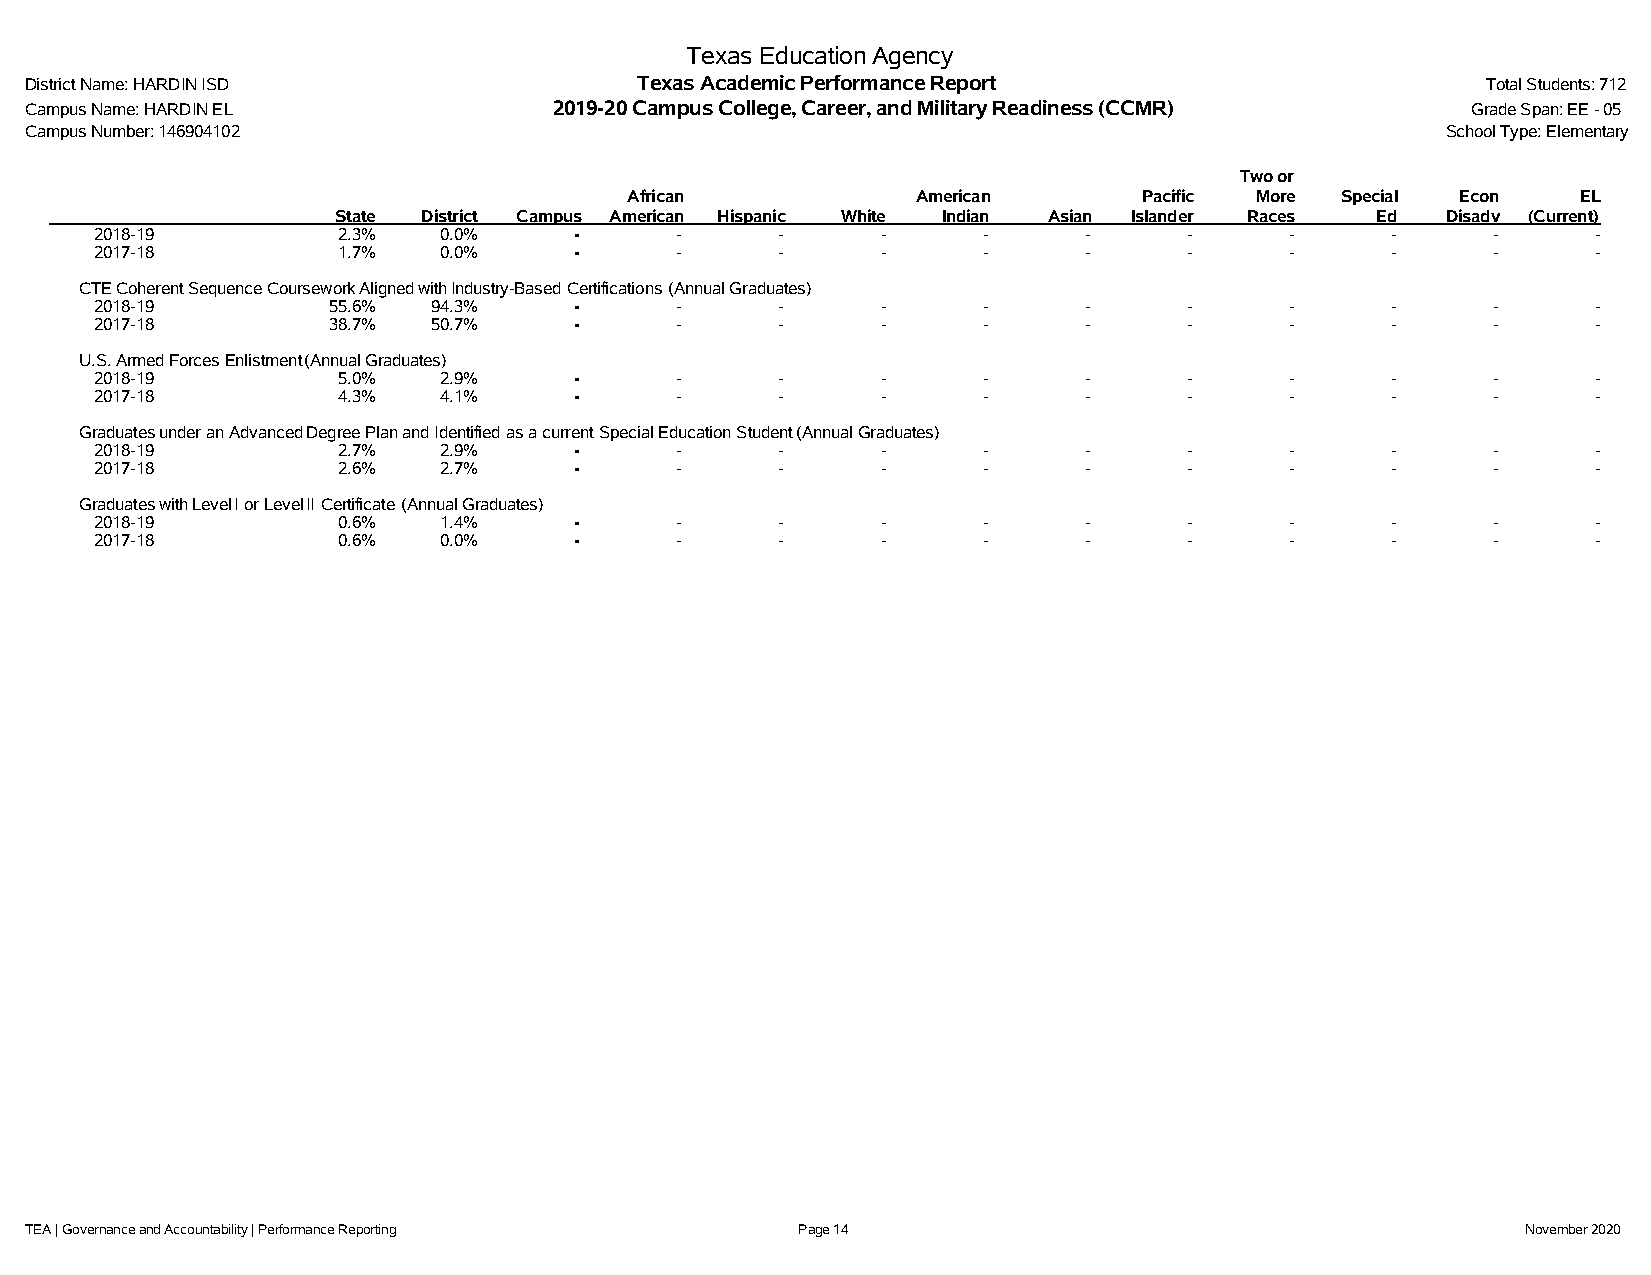
Texas Education Agency
 District Name: HARDIN ISD               Texas Academic Performance Report                       Total Students: 712
 Campus Name: HARDIN EL             2019-20 Campus College, Career, and Military Readiness (CCMR) Grade Span: EE - 05
 Campus Number: 146904102                                                                      School Type: Elementary
 Two or
 African            American       Pacific More Special Econ    EL
 State District Campus American Hispanic White Indian Asian Islander Races Ed Disadv (Current)
 2018-19         2.3%   0.0%     -      -      -     -      -      -      -     -      -      -      -
 2017-18         1.7%   0.0%     -      -      -     -      -      -      -     -      -      -      -
 CTECoherentSequenceCourseworkAlignedwithIndustry-BasedCertifications (AnnualGraduates)
 2018-19         55.6%  94.3%    -      -      -     -      -      -      -     -      -      -      -
 2017-18         38.7%  50.7%    -      -      -     -      -      -      -     -      -      -      -
 U.S.ArmedForcesEnlistment(AnnualGraduates)
 2018-19         5.0%   2.9%     -      -      -     -      -      -      -     -      -      -      -
 2017-18         4.3%   4.1%     -      -      -     -      -      -      -     -      -      -      -
 GraduatesunderanAdvancedDegreePlanandIdentified asacurrent SpecialEducationStudent(AnnualGraduates)
 2018-19         2.7%   2.9%     -      -      -     -      -      -      -     -      -      -      -
 2017-18         2.6%   2.7%     -      -      -     -      -      -      -     -      -      -      -
 GraduateswithLevelIorLevelII Certificate (AnnualGraduates)
 2018-19         0.6%   1.4%     -      -      -     -      -      -      -     -      -      -      -
 2017-18         0.6%   0.0%     -      -      -     -      -      -      -     -      -      -      -
 TEA | Governance and Accountability | Performance Reporting Page 14                                November 2020